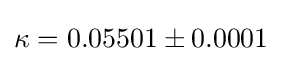
\kappa =0.05501\pm 0.0001